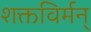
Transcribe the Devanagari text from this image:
शक्तविर्मन्